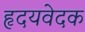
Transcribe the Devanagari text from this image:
हृदयवेदक